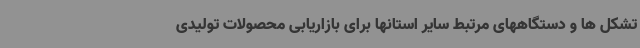
تشکل ها و دستگاههای مرتبط سایر استانها برای بازاریابی محصولات تولیدی